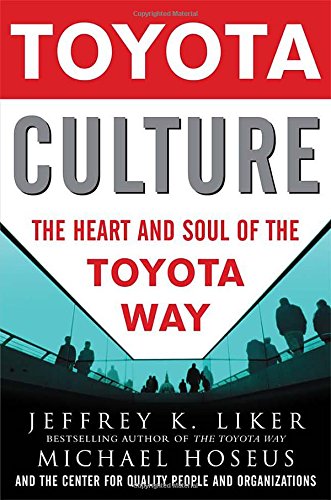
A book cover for Toyota Culture: The Heart and Soul of the Toyota Way; Jeffrey Liker; Business & Money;